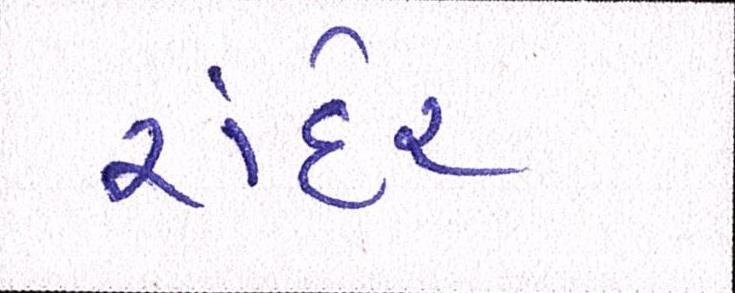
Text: રાંદેર